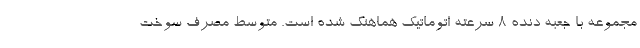
مجموعه با جعبه دنده 8 سرعته اتوماتیک هماهنگ شده است. متوسط مصرف سوخت